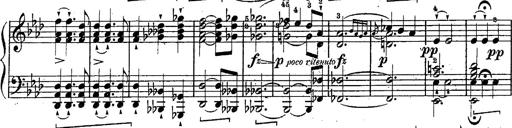
Title: Schubert's Impromptus [revised and edited by Franz Liszt]
Composer: Franz Liszt